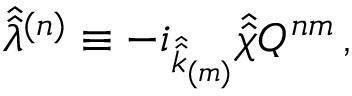
\hat { \hat { \lambda } } { } ^ { ( n ) } \equiv - i _ { \hat { \hat { k } } _ { \scriptscriptstyle ( m ) } } \hat { \hat { \chi } } Q ^ { n m } \, ,